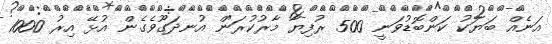
އަނެއް ބަޔަކު ކަންބޮޑުވަނީ 500 ރުފިޔާ މާރުކުރަން އުނދަގޫވެގެން އުޅޭ އިރު 1000